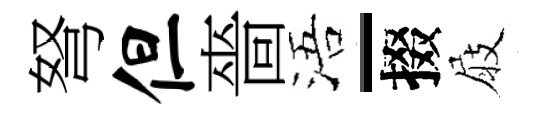
弩但嗇浯-掇屐